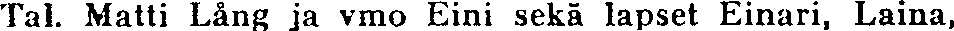
Tal. Matti Lång ja vmo Eini sekä lapset Einari, Laina,